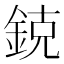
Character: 鋴